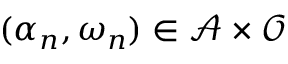
( \alpha _ { n } , \omega _ { n } ) \in \mathcal { A } \times \mathcal { O }